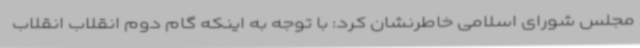
مجلس شورای اسلامی خاطرنشان کرد: با توجه به اینکه گام دوم انقلاب انقلاب